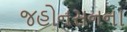
જહોનસનના